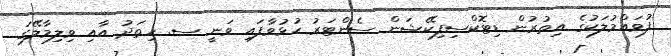
ފުވައްމުލަކުގެ އިތުރުން ޑިޓޮކްސިފިކޭޝަން ސެންޓަރު ހުޅުވާފައި ވަނީ ސ. ހިތަދު އާއި ވިލިމާލޭގަ